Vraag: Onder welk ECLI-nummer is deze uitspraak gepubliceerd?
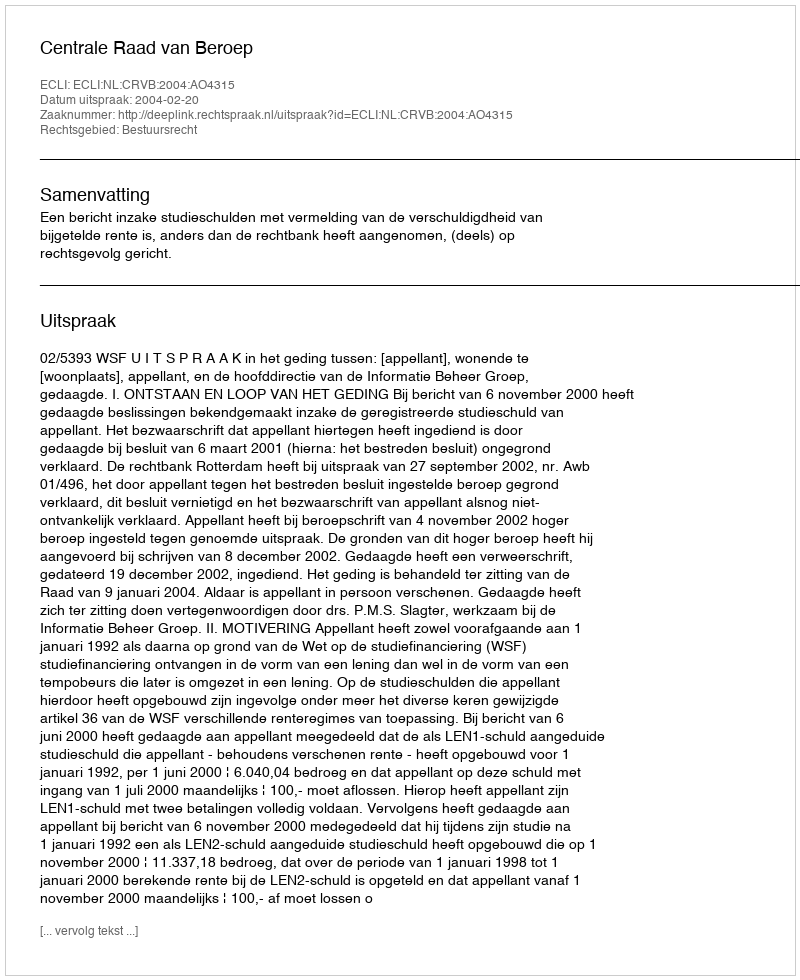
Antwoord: ECLI:NL:CRVB:2004:AO4315